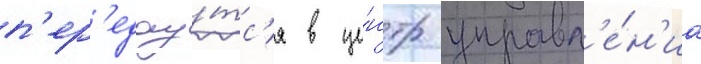
п'ер'едау́тс'я в це́нтр управл'е́н'иа